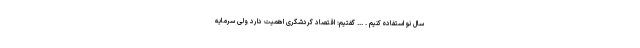
سال نو استفاده کنیم . ... گفتیم: اقتصاد گردشگری اهمیت دارد ولی سرمایه